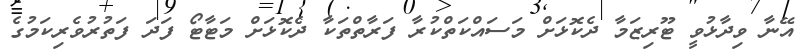
އޭނާ ވިދާޅުވީ ޓޫރިޒަމާ ދެކޮޅަށް މަސައްކަތްކުރާ ފަރާތްތަކާ ދެކޮޅަށް މަޓާޓޯ ފަދަ ފަތުރުވެރިކަމުގެ